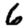
Digit: 6